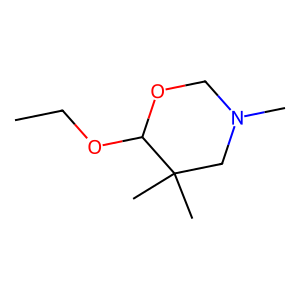
SMILES: CCOC1OCN(C)CC1(C)C
Inhibits HIV replication: No